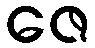
ဇေ